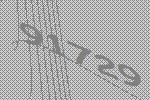
91729